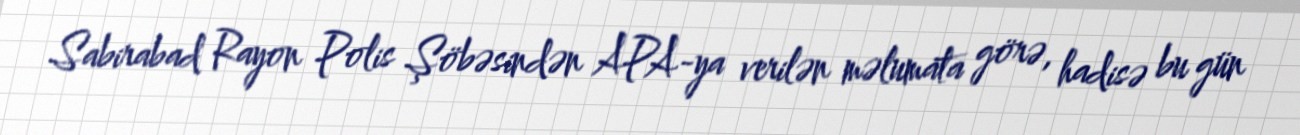
Sabirabad Rayon Polis Şöbəsindən APA-ya verilən məlumata görə, hadisə bu gün